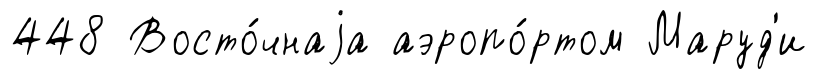
448 Восто́чнаjа аэропо́ртом Маруд'и